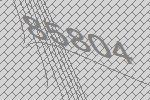
85804